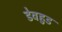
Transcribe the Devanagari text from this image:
डेवहुड